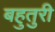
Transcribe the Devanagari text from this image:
बहुतुरी